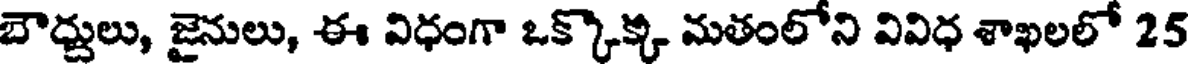
బౌద్దులు, జైనులు, ఈ విధంగా ఒక్కొక్క మతంలోని వివిధ శాఖలలో 25